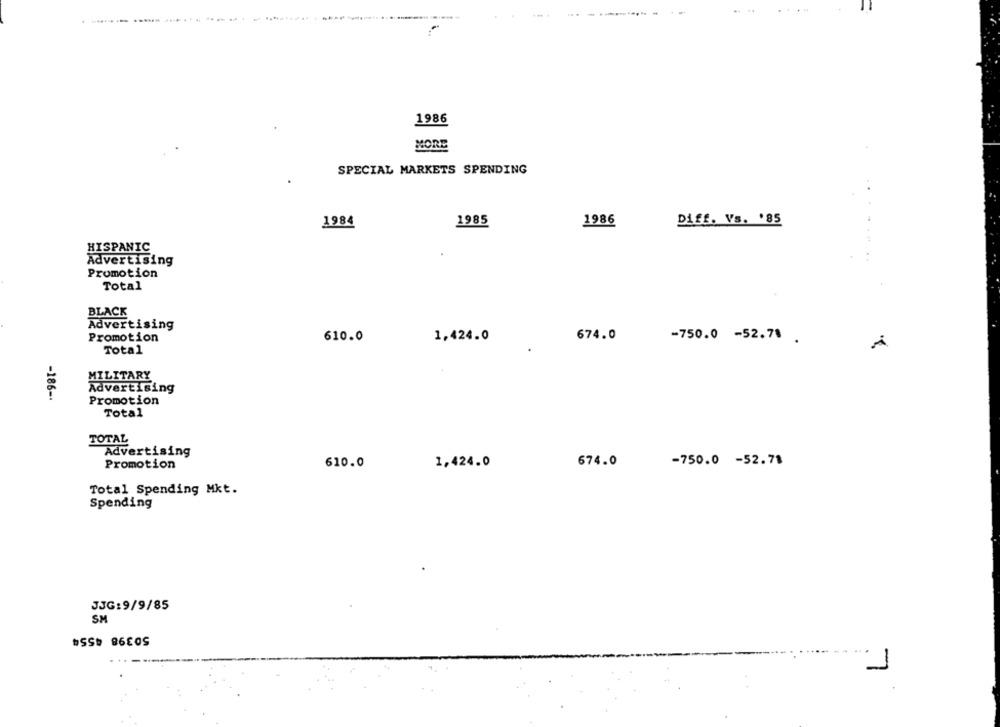
--------
1986
MORE
SPECIAL MARKETS SPENDING
1984
1985
1986
Diff. Vs. '85
HISPANIC
Advertising
Promotion
Total
BLACK
Advertising
Promotion
610.0
1,424.0
674.0
-750.0 -52.71 .
Total
MILITARY
Advertising
-186 -.
Promotion
Total
TOTAL
Advertising
Promotion
610.0
1,424.0
674.0
-750.0 -52.78
Total Spending Mkt.
Spending
JJG: 9/9/85
SM
1